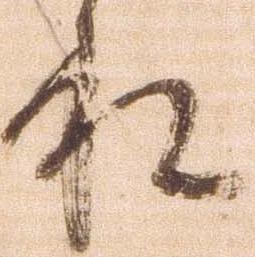
承